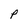
Character: P